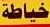
خیاطة